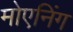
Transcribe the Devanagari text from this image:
मोएनिंग